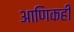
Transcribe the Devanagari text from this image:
आणिकही